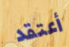
أعتقد